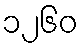
၁၂၆၀